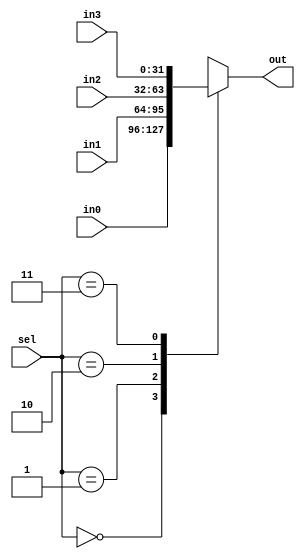
`ifndef _mux4to1
`define _mux4to1

module mux4to1
#(parameter DATA_SIZE=32)

(	input [(DATA_SIZE-1):0] in0,
	input [(DATA_SIZE-1):0] in1,
	input [(DATA_SIZE-1):0] in2,
	input [(DATA_SIZE-1):0] in3,
	input [1:0] sel,

	output reg [(DATA_SIZE-1):0] out);

	always @(*) begin //or always @(in0, in1, in2, in3, sel)
		case (sel)
			2'b00 : out <= in0;
			2'b01 : out <= in1;
			2'b10 : out <= in2;
			2'b11 : out <= in3;
			default: out <= 32'h0000_0000;
		endcase
	end
endmodule

//module mux4to1
//
//  (sel, in0, in1, in2, in3, out);
//
//	input [31:0] in0;
//	input [31:0] in1;
//	input [31:0] in2;
//	input [31:0] in3;
//	input [1:0] sel;
//
//	output reg [31:0] out;
//
//
//always @(sel or in0 or in1 or in2 or in3)
//
//  begin
//
//    case (sel)
//
//      2'b00: out = in0;
//
//      2'b01: out = in1;
//
//      2'b10: out = in2;
//
//      2'b11: out = in3;
//
//    endcase
//
//  end
//
//endmodule

`endif